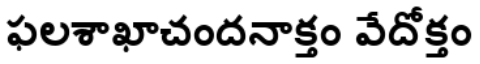
ఫలశాఖాచందనాక్తం వేదోక్తం